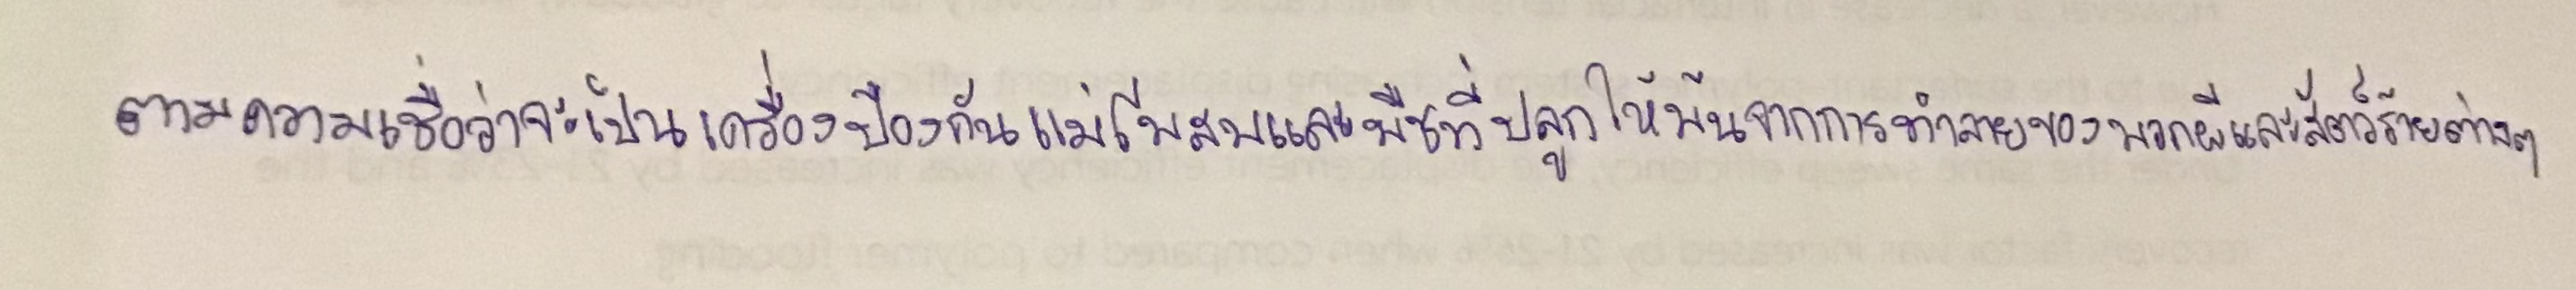
ตามความเชื่อว่าจะเป็นเครื่องป้องกันแม่โพสพและพืชที่ปลูกให้พ้นจากการทำลายของพวกผีและสัตว์ร้ายต่างๆ